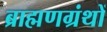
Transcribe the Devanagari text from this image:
ब्राह्मणग्रंथों